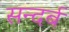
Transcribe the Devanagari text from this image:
सन्दर्ब